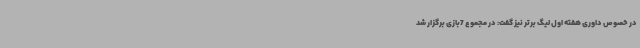
در خصوص داوری هفته اول لیگ برتر نیز گفت: در مجموع 7بازی برگزار شد